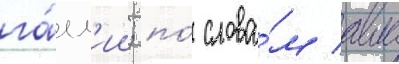
га́лл'ии; по́ слова́м авла